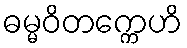
ဓမ္မဝိတက္ကေဟိ